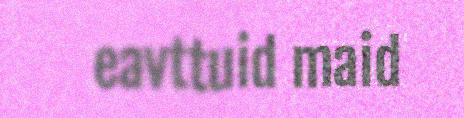
eavttuid maid